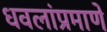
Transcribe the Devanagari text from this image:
धवलांप्रमाणे